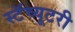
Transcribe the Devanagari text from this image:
स्टॅच्यूटरी